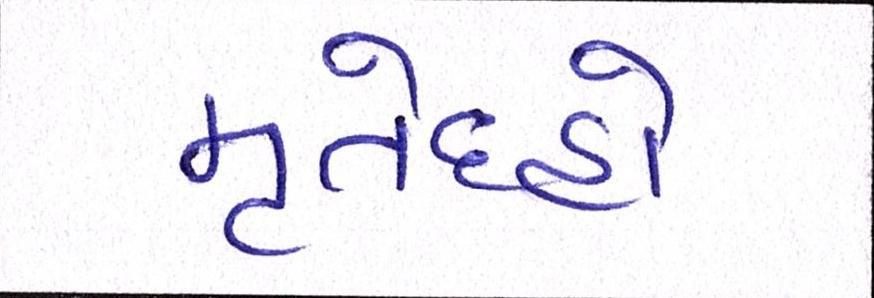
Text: મૃતેદહો